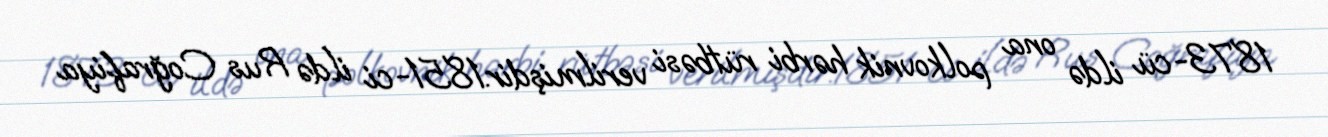
1873-cü ildə ona polkovnik hərbi rütbəsi verilmişdir.1851-ci ildə Rus Coğrafiya